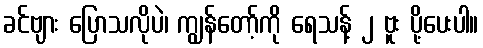
ခင်ဗျား ပြောသလိုပဲ၊ ကျွန်တော့်ကို ရေသန့် ၂ ဗူး ပို့ပေးပါ။